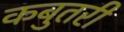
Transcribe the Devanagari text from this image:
कबुतरी